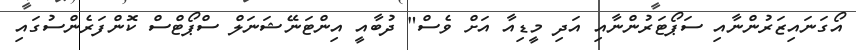
އޯގަނައިޒަރުންނާއި ސަޕޯޓަރުންނާއި އަދި މީޑިއާ އަށް ވެސް" ދުބާއީ އިންޓަނޭޝަނަލް ސްޕޯޓްސް ކޮންފަރެންސުގައި